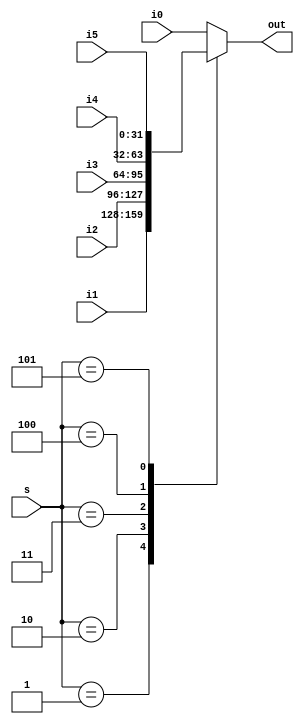
module mult6_to_1_32(out, i0, i1, i2, i3, i4, i5, s);
input [31:0] i0, i1, i2, i3, i4, i5;
input [2:0] s;
output reg [31:0] out;

always @(i0 or i1 or i2 or i3 or i4 or i5 or s)
begin
	case(s)
		3'b000: out = i0;
		3'b001: out = i1;
		3'b010: out = i2;
		3'b011: out = i3;
		3'b100: out = i4;
		3'b101: out = i5;
		default:out = i0;
	endcase
end
endmodule